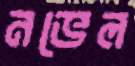
নভেল